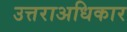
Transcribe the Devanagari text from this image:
उत्तराअधिकार